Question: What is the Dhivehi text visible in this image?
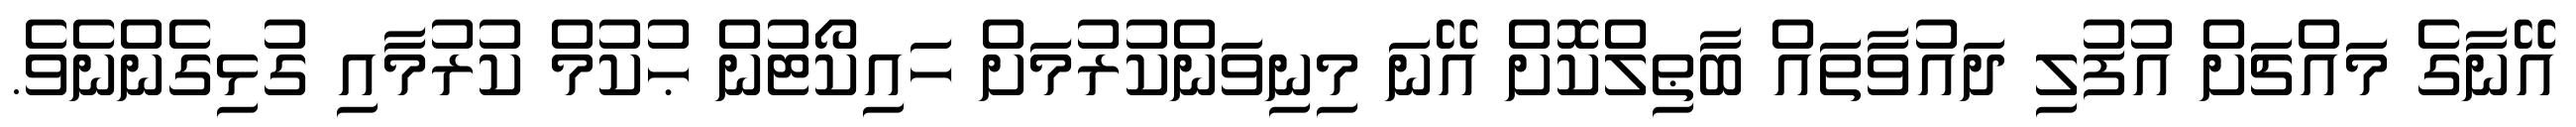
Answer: އޭނާގެ މައްޗަށް އުފުލި ދައުވާތައް ބާޠިލްކޮށް އޭނަ މިނިވަންކުރުމަށް ހައިކޯޓުން ޙުކުމް ކުރުމާއި ގުޅިގެންނެވެ.